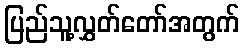
ပြည်သူ့လွှတ်တော်အတွက်